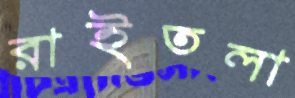
রাইতলা